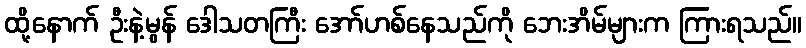
ထို့နောက် ဦးနဲ့မွန် ဒေါသတကြီး အော်ဟစ်နေသည်ကို ဘေးအိမ်များက ကြားရသည်။